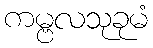
ကမ္ဗလသုခုမံ